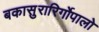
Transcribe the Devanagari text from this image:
बकासुरारिर्गोपालो